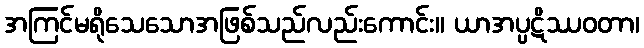
အကြင်မရိုသေသောအဖြစ်သည်လည်းကောင်း။ ယာအပ္ပဋိဿဝတာ၊